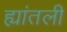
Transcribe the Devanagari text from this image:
ह्यांतली